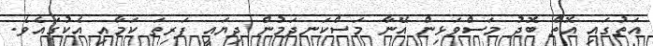
އަތުގައި އޮތް ބޮދު މަސްވަޅިން އޭނާ މަސްކަނދަމުން ދިޔައީ ފަރިތަ ކަމާއި އެކުގައެވެ.